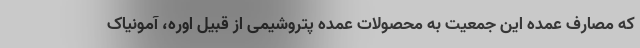
که مصارف عمده این جمعیت به محصولات عمده پتروشیمی از قبیل اوره، آمونیاک